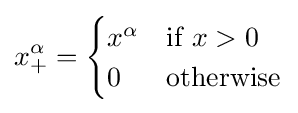
x_{+}^{\alpha }={\begin{cases}x^{\alpha }&{\text{if }}x>0\\0&{\text{otherwise}}\end{cases}}